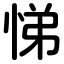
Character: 悌